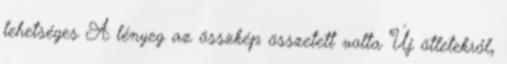
lehetséges A lényeg az összkép összetett volta Új ötletekről,